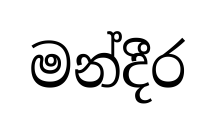
මන්දීර